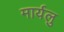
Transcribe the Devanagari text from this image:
मार्यलु